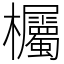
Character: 欘